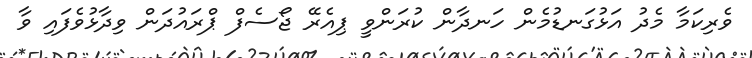
ވެރިކަމާ މެދު އަޅުގަނޑުމެން ހަނދާން ކުރަންވީ ޕިއެރޭ ޖޯސެފް ޕްރައުދަން ވިދާޅުވެފައި ވާ